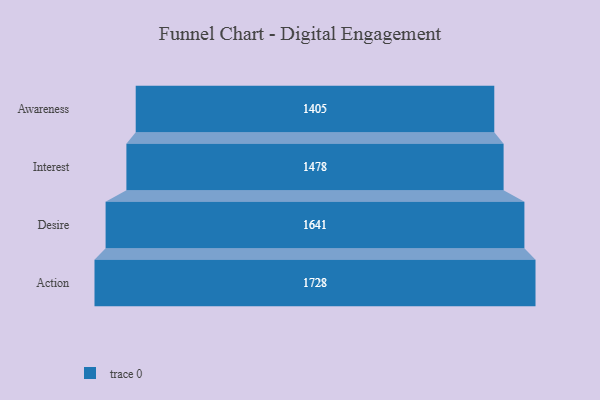
{"axis": {"x": "Stage", "y": "Value"}, "legend": [""], "data": [{"x": "Awareness", "y": 1405.0, "type": ""}, {"x": "Interest", "y": 1478.0, "type": ""}, {"x": "Desire", "y": 1641.0, "type": ""}, {"x": "Action", "y": 1728.0, "type": ""}]}